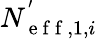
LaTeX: N_{\mathrm{~e~f~f~},1,i}^{'}